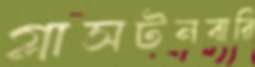
গ্লাসটনবারি